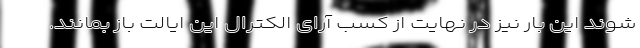
شوند این بار نیز در نهایت از کسب آرای الکترال این ایالت باز بمانند.